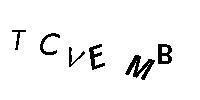
TCVEMB